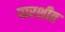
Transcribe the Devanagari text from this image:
पारशीत